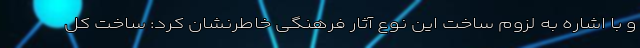
و با اشاره به لزوم ساخت این نوع آثار فرهنگی خاطرنشان کرد: ساخت کل